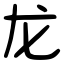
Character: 龙